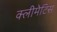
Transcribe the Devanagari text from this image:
क्लीमेटिस